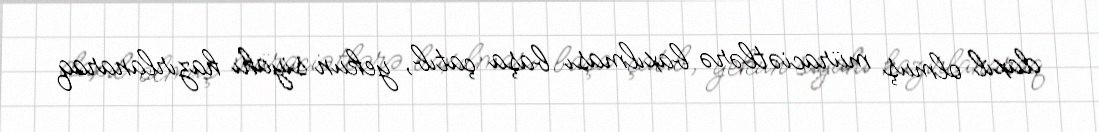
daxil olmuş müraciətlərə baxılması başa çatıb, yekun siyahı hazırlanaraq